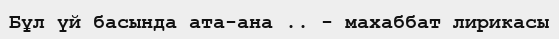
Бұл үй басында ата-ана .. - махаббат лирикасы